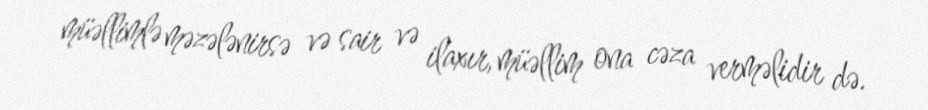
müəllimlə məzələnirsə və sair və ilaxır, müəllim ona cəza verməlidir də.